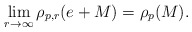
\begin{align*}\lim_{r \to \infty} \rho_{p,r}(e+M) = \rho_p(M).\end{align*}